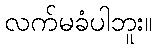
လက်မခံပါဘူး။